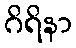
ဂိရိနာ